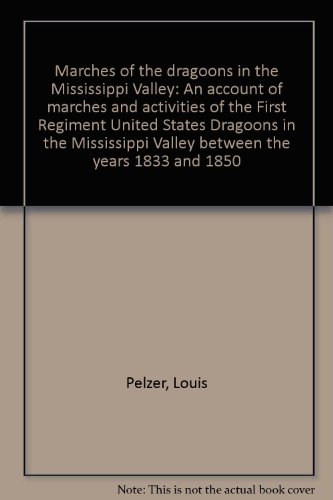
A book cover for Marches of the dragoons in the Mississippi Valley: An account of marches and activities of the First Regiment United States Dragoons in the Mississippi Valley between the years 1833 and 1850; Louis Pelzer; Travel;